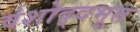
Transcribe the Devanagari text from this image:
वंशोद्दभूत